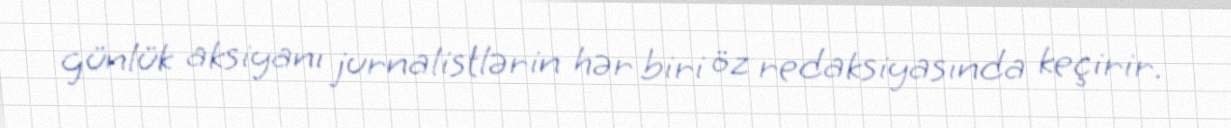
günlük aksiyanı jurnalistlərin hər biri öz redaksiyasında keçirir.